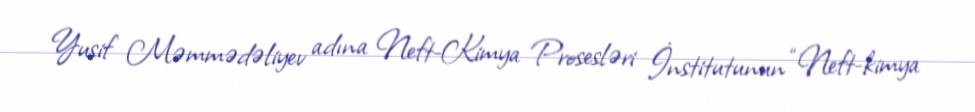
Yusif Məmmədəliyev adına Neft-Kimya Prosesləri İnstitutunun “Neft-kimya